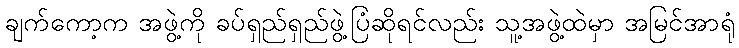
ချက်ကော့က အဖွဲ့ကို ခပ်ရှည်ရှည်ဖွဲ့ပြံဆိုရင်လည်း သူ့အဖွဲ့ထဲမှာ အမြင်အာရုံ